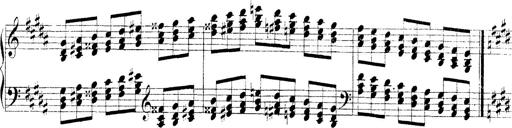
Title: Technische Studien
Composer: Franz Liszt